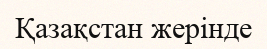
Қазақстан жерінде